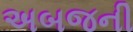
અબજની